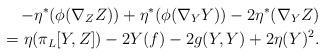
LaTeX: \begin{align*} - \eta^{*}(\phi (\nabla_{Z} Z)) + \eta^{*}(\phi (\nabla_{Y} Y))-2 \eta^{*}(\nabla_{Y} Z)\\=\eta(\pi_{L} [Y, Z]) -2 Y(f) -2 g(Y,Y) +2 \eta(Y)^{2}.\end{align*}